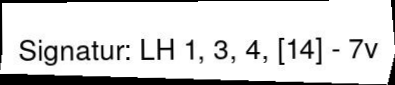
Signatur: LH 1, 3, 4, [14] - 7v